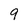
Character: 9